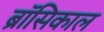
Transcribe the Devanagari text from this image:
ब्रॉसिकाल